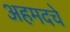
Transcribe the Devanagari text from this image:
अहमदचे